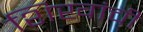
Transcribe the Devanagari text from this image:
शिखांची